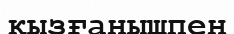
қызғанышпен